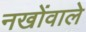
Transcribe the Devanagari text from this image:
नखोंवाले